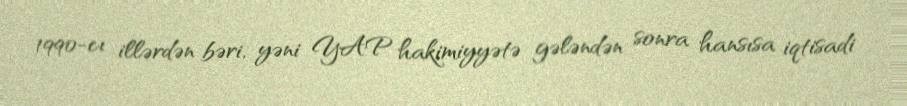
1990-cı illərdən bəri, yəni YAP hakimiyyətə gələndən sonra hansısa iqtisadi